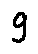
g